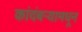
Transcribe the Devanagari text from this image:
कांदंबर्‍यामधून